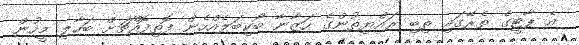
އެ ޕާޓީގެ ތެރޭގައި ތިބި ރައްޔިތުންގެ ހަޒާނާ ބޯކިބަލެއްހެން ފޮތިފޮއްޗަށް ބަހާލި މީހުން